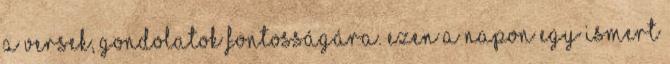
a versek, gondolatok fontosságára. Ezen a napon egy ismert